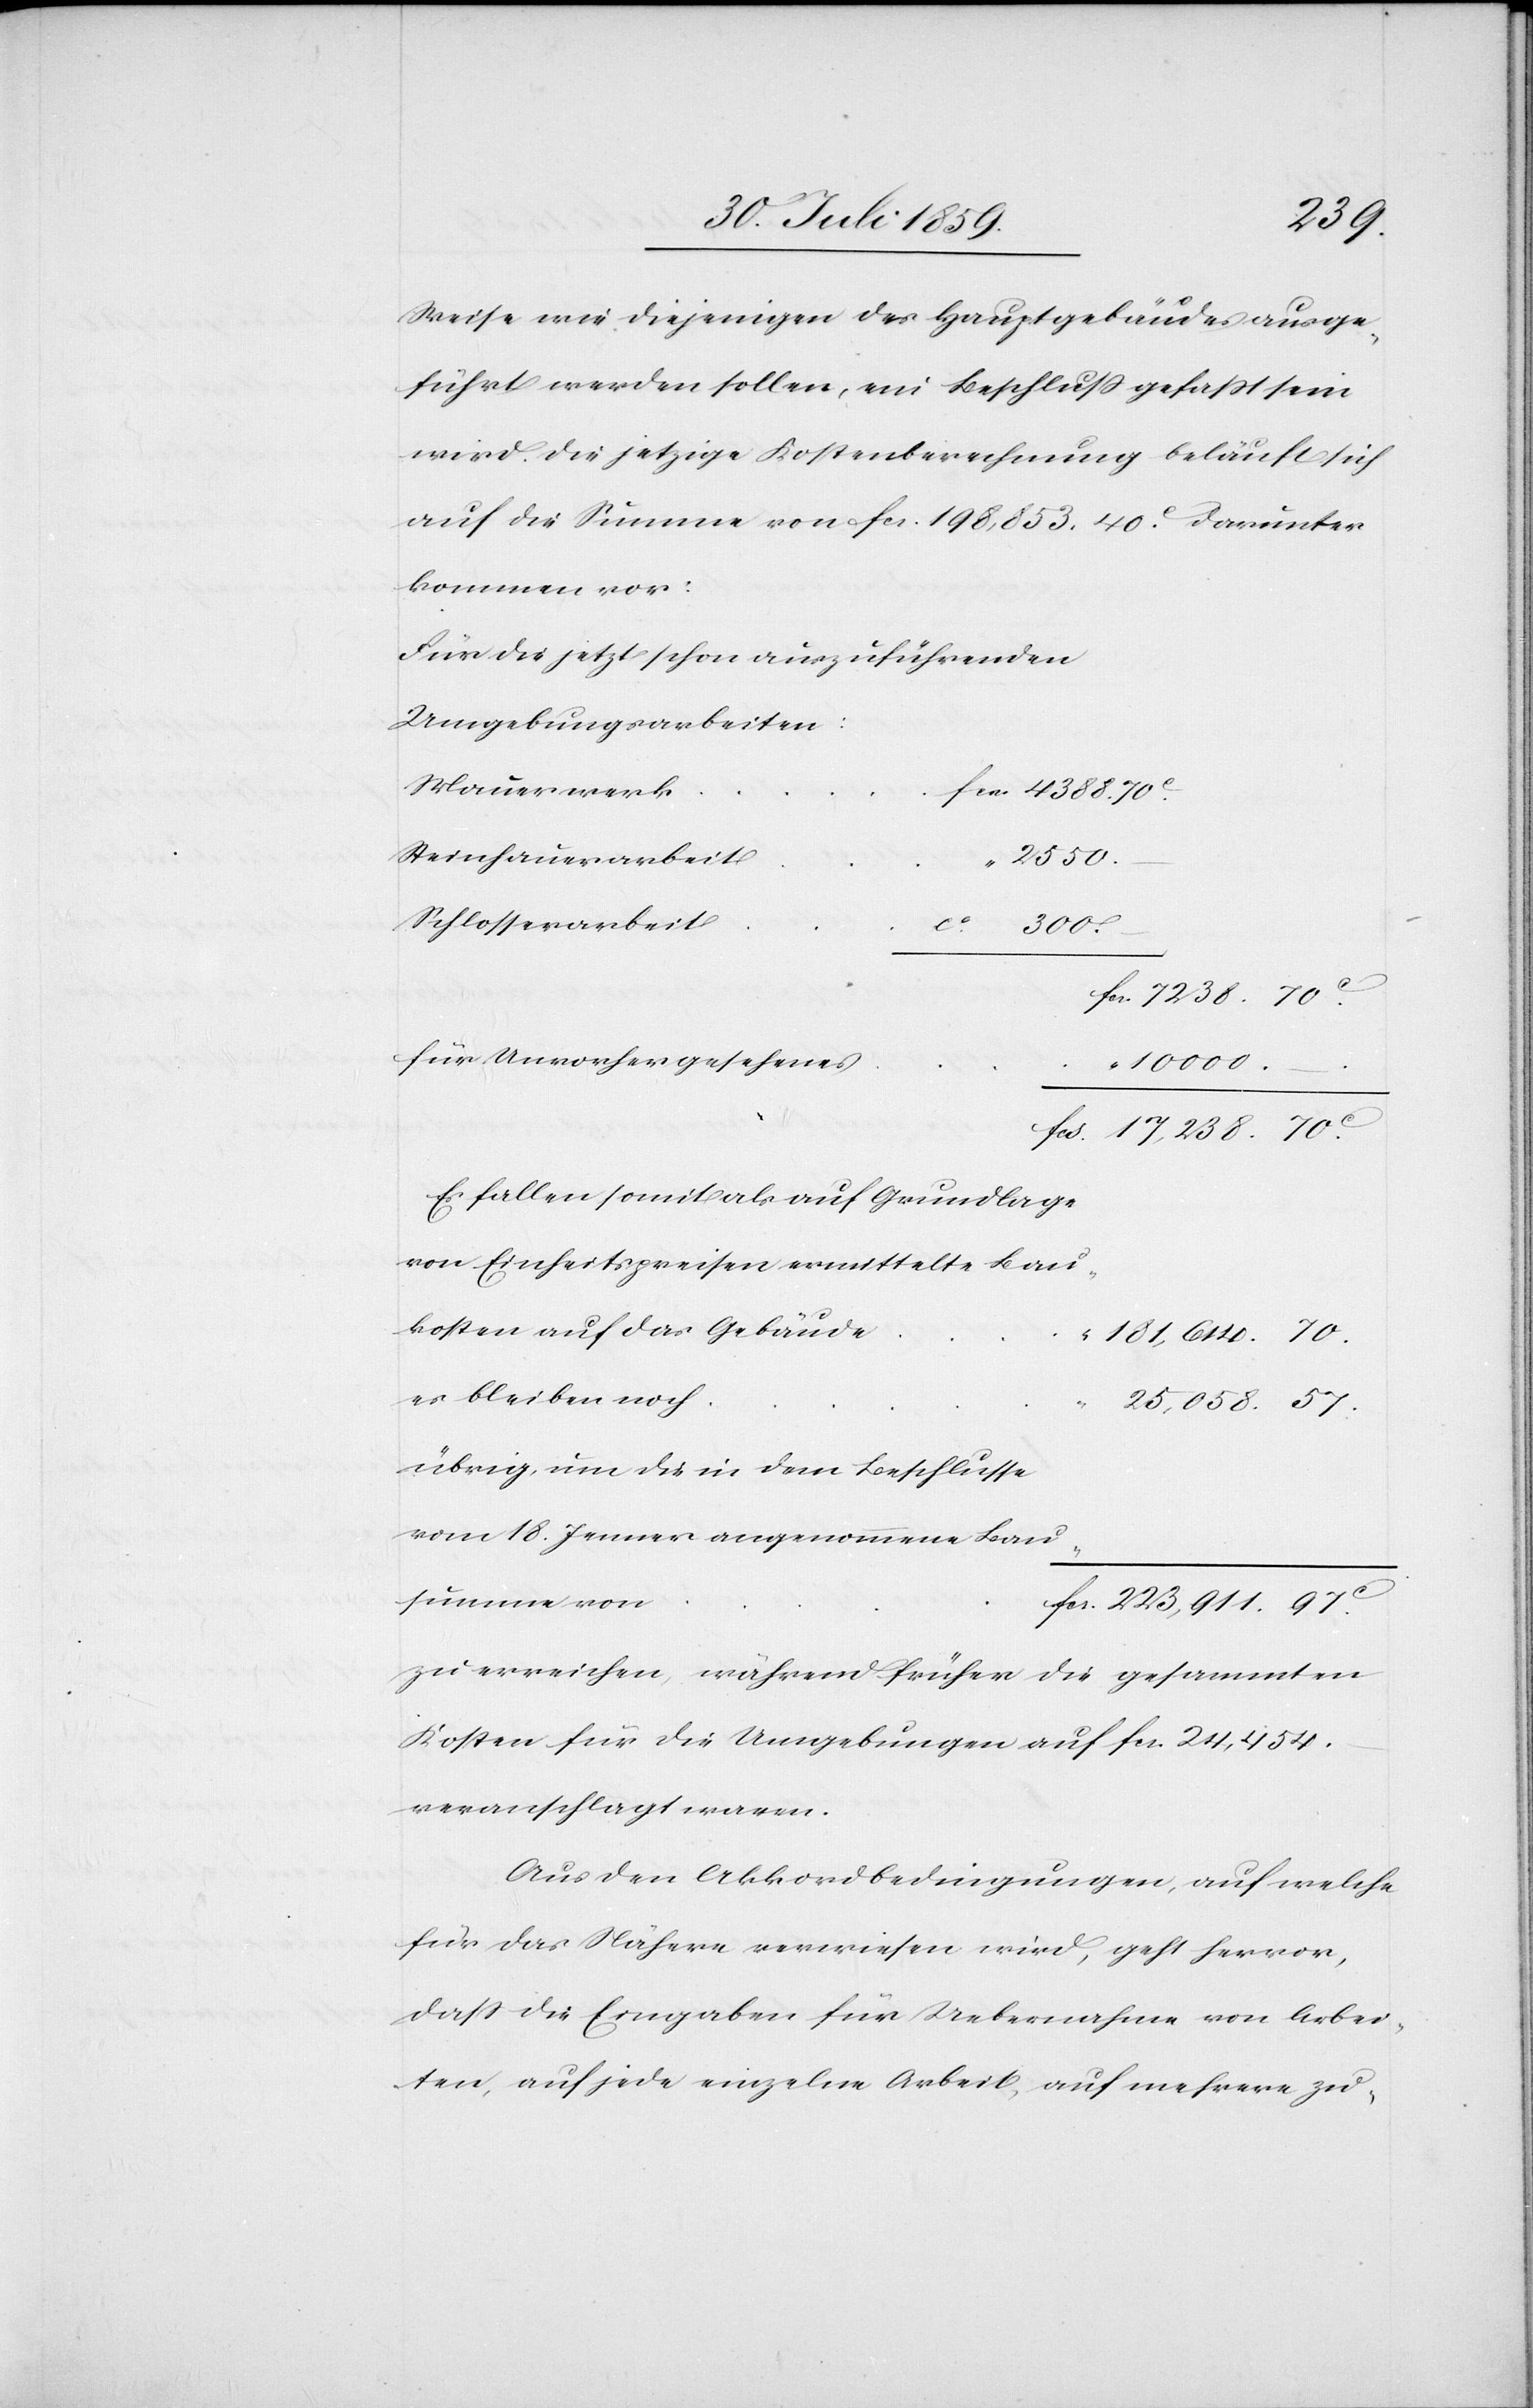
223,
Weise wie diejenigen des Hauptgebäudes ausge¬
führt werden sollen, ein Beschluß gefaßt sein
wird. Die jetztige Kostenberechnung beläuft sich
auf die Summe von fcs. 198,853.40c. Darunter
kommen vor:
Für die jetzt schon auszuführenden
Umgebungsarbeiten:
Steinhauerarbeit
2550.–
Schlosserarbeit	ca.
Bau¬
300.–
fcs. 7238.70c.
“
10000.–
fcs. 17,238.70c.
Es fallen somit als auf Grundlage
von Einheitspreisen ermittelte Bau¬
kosten auf das Gebäude
es
25,058.57.
übrig, um die in dem Beschlusse
summe von
zu erreichen, während früher die gesammten
Kosten für die Umgebungen auf fcs. 24,454.–
veranschlagt waren.
Aus den Akkordbedingungen, auf welche
für das Nähere verwiesen wird, geht hervor,
daß die Eingaben für Uebernahme von Arbei¬
ten, auf jede einzelne Arbeit, auf mehrere zu-